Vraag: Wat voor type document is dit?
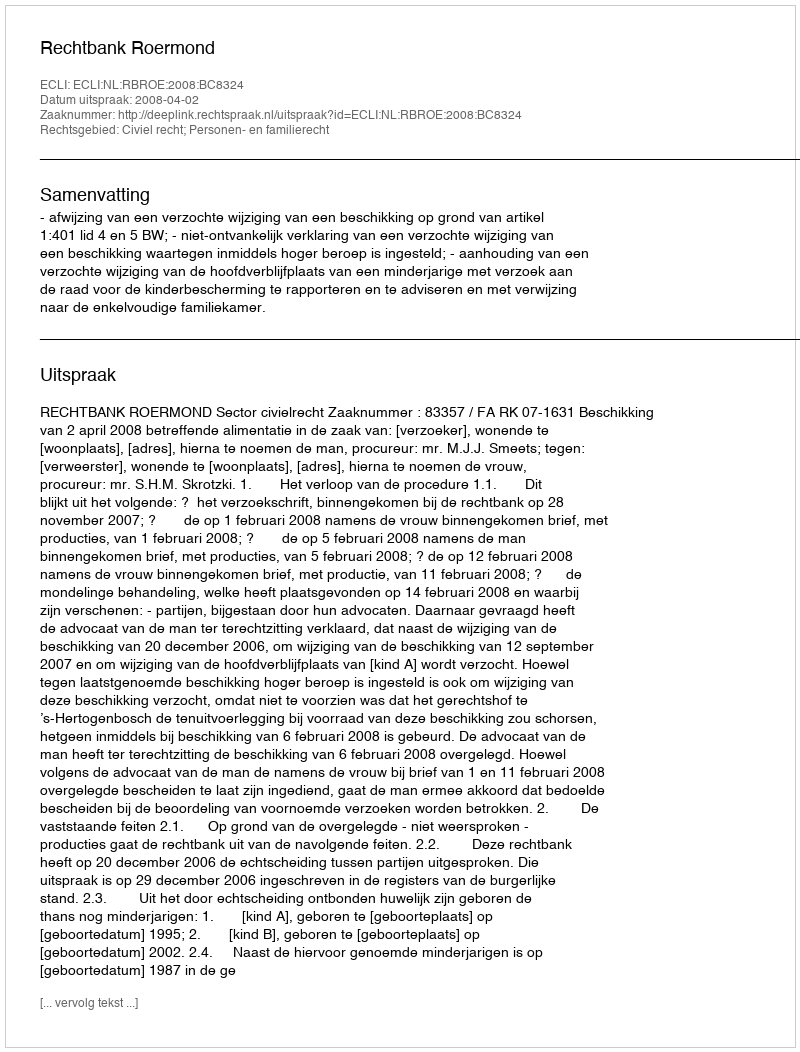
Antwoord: Uitspraak